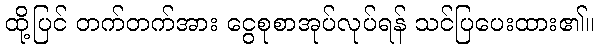
ထို့ပြင် တက်တက်အား ငွေစုစာအုပ်လုပ်ရန် သင်ပြပေးထား၏။